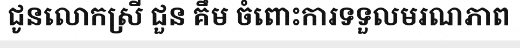
ជូនលោកស្រី ជួន គឹម ចំពោះការទទួលមរណភាព